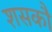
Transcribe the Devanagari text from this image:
शसकौ